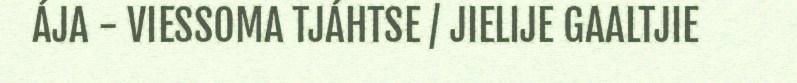
ÁJA - VIESSOMA TJÁHTSE / JIELIJE GAALTJIE